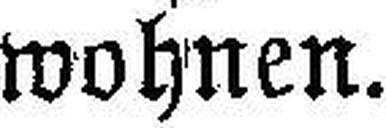
wohnen.